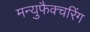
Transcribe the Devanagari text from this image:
मन्युफैक्चरिंग